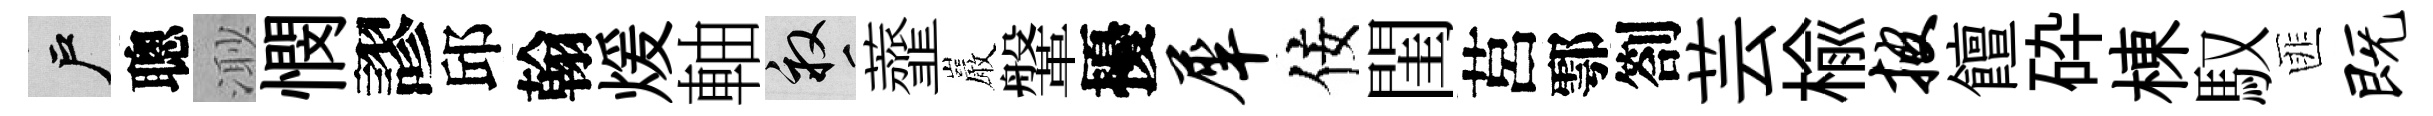
户聰𣺌憫謬邱翰煖軸畝虀巖鞶擾犀佞閨莒鄠劄芸榆披饘砕棟馭匪既